Vaccination in Burma 1912-1922 - 1912-1922
Year: 1912
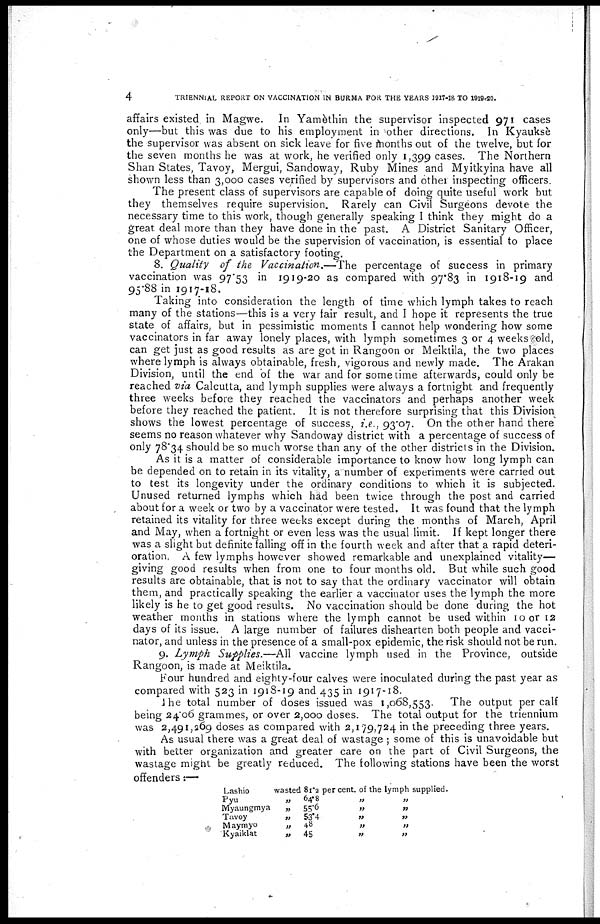
4
TRIENNIAL REPORT ON VACCINATION IN BURMA FOR THE YEARS 1917-18 TO 1919-20.
affairs existed in Magwe. In Yamèthin the supervisor inspected 971 cases
only—but this was due to his employment in other directions. In Kyauksè
the supervisor was absent on sick leave for five months out of the twelve, but for
the seven months he was at work, he verified only 1,399 cases. The Northern
Shan States, Tavoy, Mergui, Sandoway, Ruby Mines and Myitkyina have all
shown less than 3,000 cases verified by supervisors and other inspecting officers.
The present class of supervisors are capable of doing quite useful work but
they themselves require supervision. Rarely can Civil Surgeons devote the
necessary time to this work, though generally speaking I think they might do a
great deal more than they have done in the past. A District Sanitary Officer,
one of whose duties would be the supervision of vaccination, is essential to place
the Department on a satisfactory footing.
8. Quality of the Vaccination.—The percentage of success in primary
vaccination was 97.53 in1919-20 as compared with 97.83 in 1918-19 and
95.88 in 1917-18.
Taking into consideration the length of time which lymph takes to reach
many of the stations—this is a very fair result, and I hope it represents the true
state of affairs, but in pessimistic moments I cannot help wondering how some
vaccinators in far away lonely places, with lymph sometimes 3 or 4 weeks old,
can get just as good results as are got in Rangoon or Meiktila, the two places
where lymph is always obtainable, fresh, vigorous and newly made. The Arakan
Division, until the end of the war and for some time afterwards, could only be
reached via Calcutta, and lymph supplies were always a fortnight and frequently
three weeks before they reached the vaccinators and perhaps another week
before they reached the patient. It is not therefore surprising that this Division
shows the lowest percentage of success, i.e., 93.07. On the other hand there
seems no reason whatever why Sandoway district with a percentage of success of
only 78.34 should be so much worse than any of the other districts in the Division.
As it is a matter of considerable importance to know how long lymph can
be depended on to retain in its vitality, a number of experiments were carried out
to test its longevity under the ordinary conditions to which it is subjected.
Unused returned lymphs which had been twice through the post and carried
about for a week or two by a vaccinator were tested. It was found that the lymph
retained its vitality for three weeks except during the months of March, April
and May, when a fortnight or even less was the usual limit. If kept longer there
was a slight but definite falling off in the fourth week and after that a rapid deteri-
oration. A few lymphs however showed remarkable and unexplained vitality—
giving good results when from one to four months old. But while such good
results are obtainable, that is not to say that the ordinary vaccinator will obtain
them, and practically speaking the earlier a vaccinator uses the lymph the more
likely is he to get good results. No vaccination should be done during the hot
weather months in stations where the lymph cannot be used within 10 or 12
days of its issue. A large number of failures dishearten both people and vacci-
nator, and unless in the presence of a small-pox epidemic, the risk should not be run.
9. Lymph Supplies.—All vaccine lymph used in the Province, outside
Rangoon, is made at Meiktila.
Four hundred and eighty-four calves were inoculated during the past year as
compared with 523 in 1918-19 and 435 in 1917-18.
The total number of doses issued was 1,068,553. The output per calf
being 24.06 grammes, or over 2,000 doses. The total output for the triennium
was 2,491,269 doses as compared with 2,179,724 in the preceding three years.
As usual there was a great deal of wastage ; some of this is unavoidable but
with better organization and greater care on the part of Civil Surgeons, the
wastage might be greatly reduced. The following stations have been the worst
offenders:—
Lashio
Pyu „ „
Myaungmya „
Tavoy „
Maymyo „
Kyaiklat „
wasted 81.2 per cent. of the lymph supplied.
64.8 „ „ „
55.6
„
„
„
53.4
„
„
„
48
„
„
„
45
„
„
„